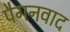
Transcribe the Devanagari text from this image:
पैगनवाद